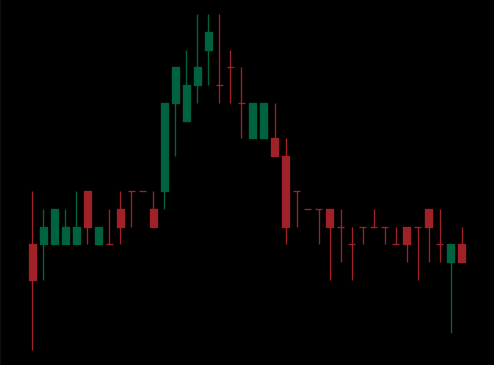
Pattern: head_shoulders